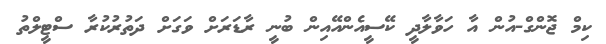
ކިމް ޖޮންގް-އުން އާ ހަވާލާދީ ކޭސީއެންއޭއިން ބުނީ ރާޑަރަށް ވަގަށް ދަތުރުކުރާ ސްޓީލްތު